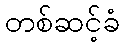
တစ်ဆင့်ခံ